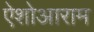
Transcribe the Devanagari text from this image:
ऐशोआराम